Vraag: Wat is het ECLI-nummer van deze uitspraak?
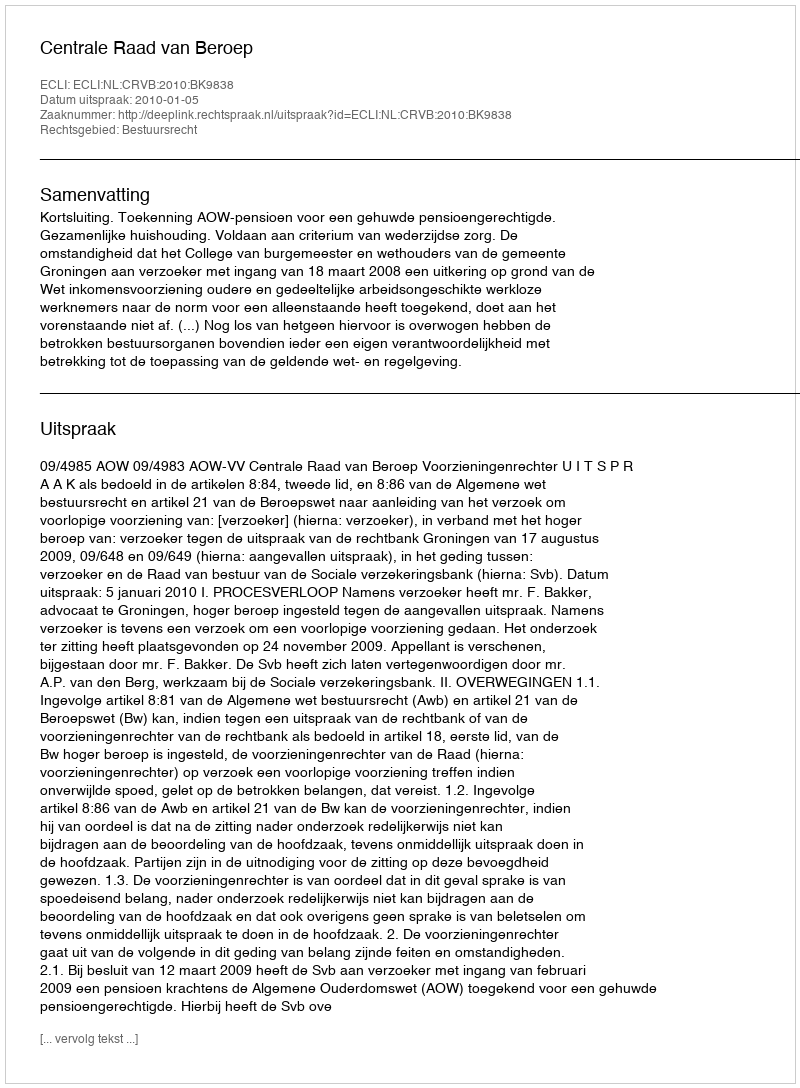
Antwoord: ECLI:NL:CRVB:2010:BK9838